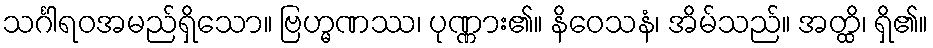
သင်္ဂါရဝအမည်ရှိသော။ ဗြဟ္မဏဿ၊ ပုဏ္ဏား၏။ နိဝေသနံ၊ အိမ်သည်။ အတ္ထိ၊ ရှိ၏။